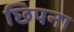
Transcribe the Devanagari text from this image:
छिपना